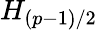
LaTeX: H_{(p-1)/2}